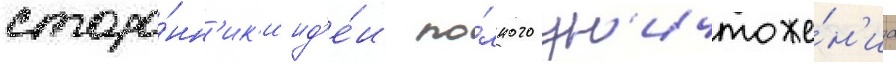
сторо́нн'ик'и ид'е́и по́лного ун'ичтоже́н'иа